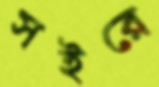
সইরে